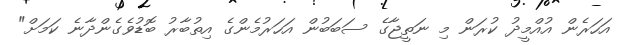
އަހަރެން އުއްމީދު ކުރަން މި ނަތީޖާގެ ސަބަބުން އަހަރުމެންގެ އިތުބާރު ބޮޑުވެގެންދާނެ ކަމަށް"